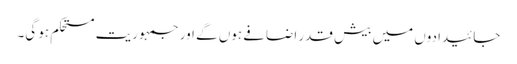
جائیدادوں میں بیش قدر اضافے ہوں گے اور جمہوریت مستحکم ہو گی۔